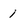
Character: 1